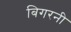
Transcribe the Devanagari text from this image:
बिगरनी